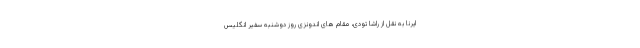
ایرنا به نقل از راشا تودی، مقام های اندونزی روز دوشنبه سفیر انگلیس